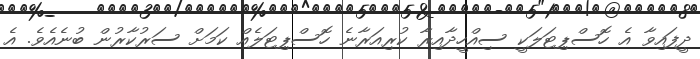
ދީފައިވާ އެ ހޮސްޕިޓަލަކީ ސިއްހީދާއިރާ ކުރިއަރާނެ ހޮސްޕިޓަލެއް ކަމަށް ސަރުކާރުން ބުނެއެވެ. އެ